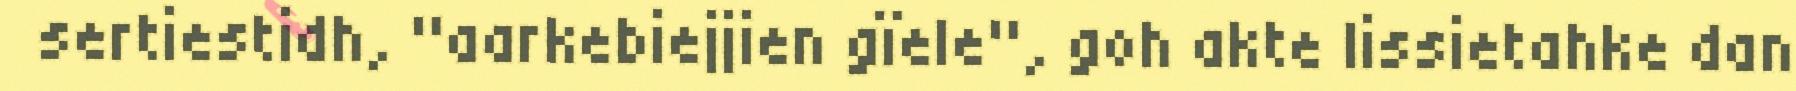
sertiestidh, "aarkebiejjien gïele", goh akte lissietahke dan